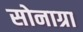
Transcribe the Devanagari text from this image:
सोनाग्रा